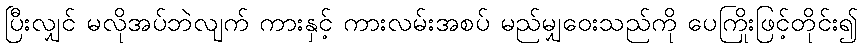
ပြီးလျှင် မလိုအပ်ဘဲလျက် ကားနှင့် ကားလမ်းအစပ် မည်မျှဝေးသည်ကို ပေကြိုးဖြင့်တိုင်း၍